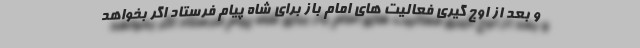
و بعد از اوج گیری فعالیت های امام باز برای شاه پیام فرستاد اگر بخواهد